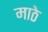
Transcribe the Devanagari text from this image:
माठे